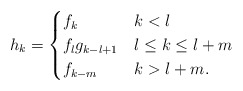
\begin{align*}h_k=\begin{cases}f_k & k<l \\f_l g_{k-l+1} & l\leq k \leq l+m \\f_{k-m} & k>l+m. \\\end{cases}\end{align*}